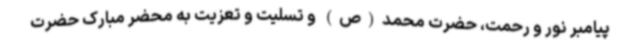
پیامبر نور و رحمت، حضرت محمد(ص) و تسلیت و تعزیت به محضر مبارک حضرت